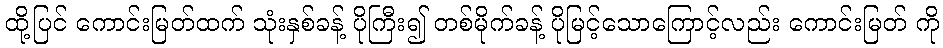
ထို့ပြင် ကောင်းမြတ်ထက် သုံးနှစ်ခန့် ပိုကြီး၍ တစ်မိုက်ခန့် ပိုမြင့်သောကြောင့်လည်း ကောင်းမြတ် ကို